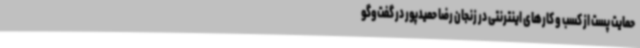
حمایت پست از کسب و کارهای اینترنتی در زنجان رضا حمیدپور در گفت‌وگو